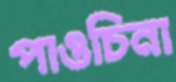
পাওচিনা